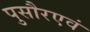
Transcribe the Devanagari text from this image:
पुसौरएवं